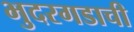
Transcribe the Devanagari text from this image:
भुदरगडाची